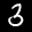
Label: 3